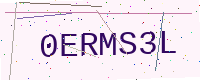
Text: 0ERMS3L